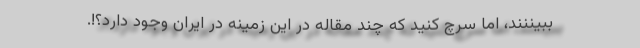
ببیننند، اما سرچ کنید که چند مقاله در این زمینه در ایران وجود دارد؟!.